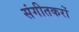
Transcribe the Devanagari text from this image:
संगीतकरों